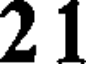
2 1